Scottish Leaving Certificate Examination, 1954
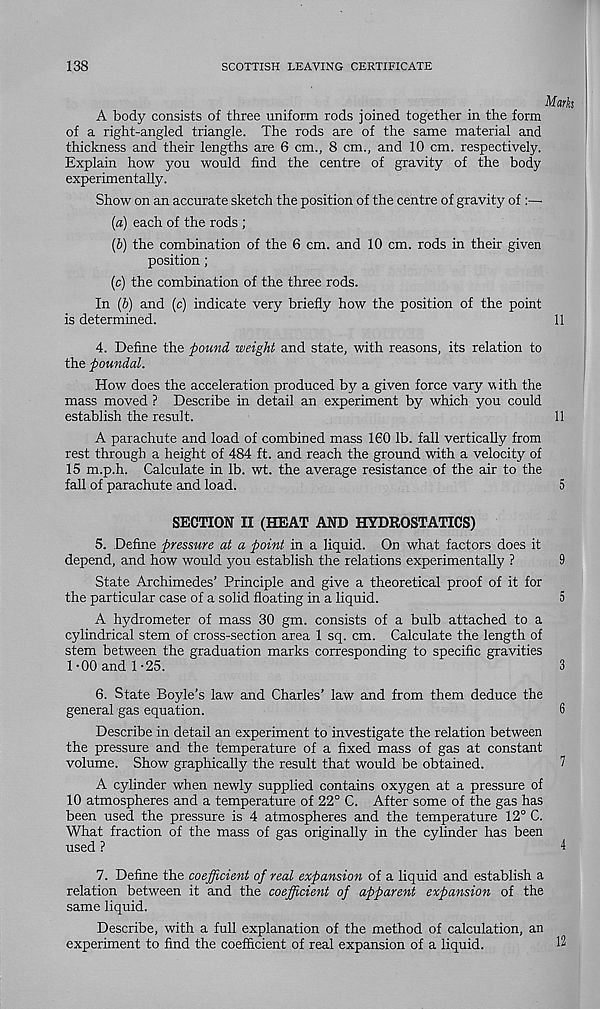
138
SCOTTISH LEAVING CERTIFICATE
Marks
A body consists of three uniform rods joined together in the form
of a right-angled triangle. The rods are of the same material and
thickness and their lengths are 6 cm., 8 cm., and 10 cm. respectively.
Explain how you would find the centre of gravity of the body
experimentally.
Show on an accurate sketch the position of the centre of gravity of
(а) each of the rods ;
(б) the combination of the 6 cm. and 10 cm. rods in their given
position ;
(c) the combination of the three rods.
In (b) and (c) indicate very briefly how the position of the point
is determined.
11
4. Define the pound weight and state, with reasons, its relation to
the poundal.
How does the acceleration produced by a given force vary with the
mass moved ? Describe in detail an experiment by which you could
establish the result.
11
A parachute and load of combined mass 160 lb. fall vertically from
rest through a height of 484 ft. and reach the ground with a velocity of
15 m.p.h. Calculate in lb. wt. the average resistance of the air to the
fall of parachute and load.
5
SECTION II (HEAT AND HYDROSTATICS)
5. Define pressure at a point in a liquid. On what factors does it
depend, and how would you establish the relations experimentally ?
9
State Archimedes’ Principle and give a theoretical proof of it for
the particular case of a solid floating in a liquid.
5
A hydrometer of mass 30 gm. consists of a bulb attached to a
cylindrical stem of cross-section area 1 sq. cm. Calculate the length of
stem between the graduation marks corresponding to specific gravities
1-00 and 1-25.
3
6. State Boyle’s law and Charles’ law and from them deduce the
general gas equation.
6
Describe in detail an experiment to investigate the relation between
the pressure and the temperature of a fixed mass of gas at constant
volume. Show graphically the result that would be obtained.
A cylinder when newly supplied contains oxygen at a pressure of
10 atmospheres and a temperature of 22° C. After some of the gas has
been used the pressure is 4 atmospheres and the temperature 12° C.
What fraction of the mass of gas originally in the cylinder has been
used ?
4
7. Define the coefficient of real expansion of a liquid and establish a
relation between it and the coefficient of apparent expansion of the
same liquid.
Describe, with a full explanation of the method of calculation, an
experiment to find the coefficient of real expansion of a liquid.
12